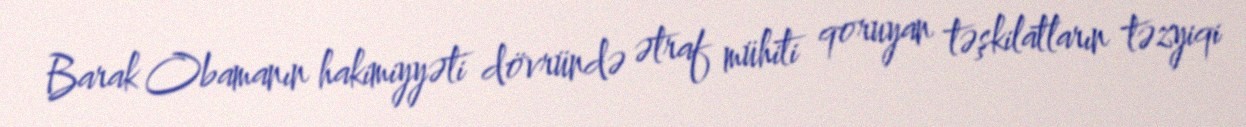
Barak Obamanın hakimiyyəti dövründə ətraf mühiti qoruyan təşkilatların təzyiqi